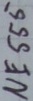
Text: NE555